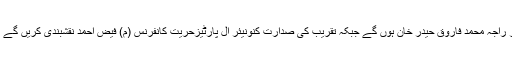
تقریب کے مہمان خصوصی وزیر اعظم آزاد حکومت ریاست جموں وکشمیر راجہ محمد فاروق حیدر خان ہوں گے جبکہ تقریب کی صدارت کنونیئر آل پارٹیزحریت کانفرنس (م) فیض احمد نقشبندی کریں گے تقریب میں جملہ سیاسی و مذہبی جماعتوں کے نمائندگان شرکت کریں گے ۔